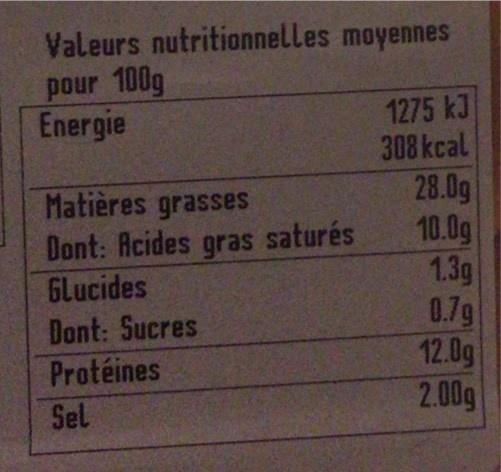
Valeurs nutritionnelles moyennes
pour 100g Energie
1275 kJ 308 kcal
28.0g 10.0g 1.3g 0.7g 12.0g 2.00g
Matières grasses
Dont: Acides gras saturés GLucides Dont: Sucres Protéines
Sel